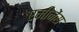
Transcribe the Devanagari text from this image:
एमीनेंस